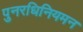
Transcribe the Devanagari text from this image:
पुनरधिनियमन